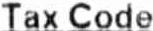
TAX CODE